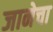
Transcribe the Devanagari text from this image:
जानेचा